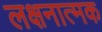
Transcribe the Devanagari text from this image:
लक्षनात्मक